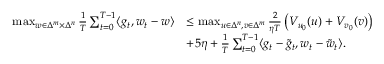
\begin{array} { r l } { \operatorname* { m a x } _ { w \in \Delta ^ { m } \times \Delta ^ { n } } \frac { 1 } { T } \sum _ { t = 0 } ^ { T - 1 } \langle g _ { t } , w _ { t } - w \rangle } & { \le \operatorname* { m a x } _ { u \in \Delta ^ { n } , v \in \Delta ^ { m } } \frac { 2 } { \eta T } \left( V _ { u _ { 0 } } ( u ) + V _ { v _ { 0 } } ( v ) \right) } \\ & { + 5 \eta + \frac { 1 } { T } \sum _ { t = 0 } ^ { T - 1 } \langle g _ { t } - \tilde { g } _ { t } , w _ { t } - \tilde { w } _ { t } \rangle . } \end{array}